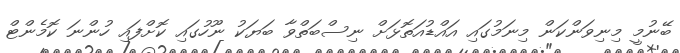
ބޭނުމީ މިނިވަންކަން މިނަމުގައި އައްޑުއަތޮޅަށް ނިސްބަތްވާ ބަޔަކު ނޫހުގައި ކޮށްފައި ހުންނަ ކޮމެންޓް